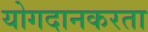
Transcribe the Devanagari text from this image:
योगदानकरता